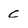
Character: C